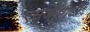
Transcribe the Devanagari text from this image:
एसजीपीटी